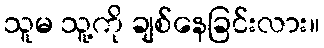
သူမ သူ့ကို ချစ်နေခြင်းလား။